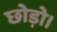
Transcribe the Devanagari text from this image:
छोड़ो।